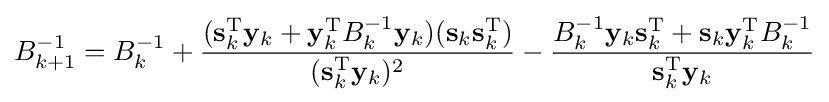
B_{k+1}^{-1}=B_{k}^{-1}+{\frac {(\mathbf {s} _{k}^{\mathrm {T} }\mathbf {y} _{k}+\mathbf {y} _{k}^{\mathrm {T} }B_{k}^{-1}\mathbf {y} _{k})(\mathbf {s} _{k}\mathbf {s} _{k}^{\mathrm {T} })}{(\mathbf {s} _{k}^{\mathrm {T} }\mathbf {y} _{k})^{2}}}-{\frac {B_{k}^{-1}\mathbf {y} _{k}\mathbf {s} _{k}^{\mathrm {T} }+\mathbf {s} _{k}\mathbf {y} _{k}^{\mathrm {T} }B_{k}^{-1}}{\mathbf {s} _{k}^{\mathrm {T} }\mathbf {y} _{k}}}